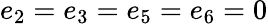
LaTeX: e_{2}=e_{3}=e_{5}=e_{6}=0